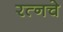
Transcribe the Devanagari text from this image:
रत्‍नचे